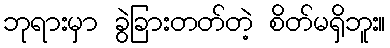
ဘုရားမှာ ခွဲခြားတတ်တဲ့ စိတ်မရှိဘူး။